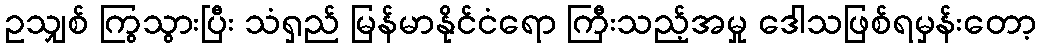
ဥသျှစ် ကြွသွားပြီး သံရှည် မြန်မာနိုင်ငံရော ကြီးသည့်အမှု ဒေါသဖြစ်ရမှန်းတော့